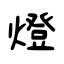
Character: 燈